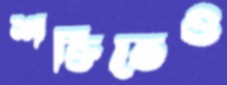
শক্তিতেও